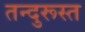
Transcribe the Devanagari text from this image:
तन्दुरूस्त